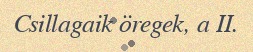
Csillagaik öregek, a II.